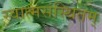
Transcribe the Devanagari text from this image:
स्वात्मसंस्थितम्